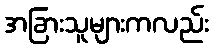
အခြားသူများကလည်း